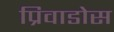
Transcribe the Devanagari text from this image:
प्रिवाडोस